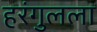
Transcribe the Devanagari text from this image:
हरंगुलला